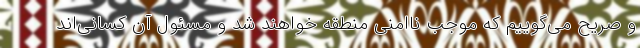
و صریح می‌گوییم که موجب ناامنی منطقه خواهند شد و مسئول آن کسانی‌اند